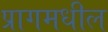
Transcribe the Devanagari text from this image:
प्रागमधील